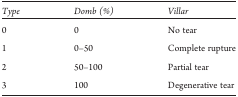
| Type | Domb (%) | Villar |
 | --- | --- | --- |
 | 0 | 0 | No tear |
 | 1 | 0–50 | Complete rupture |
 | 2 | 50–100 | Partial tear |
 | 3 | 100 | Degenerative tear |